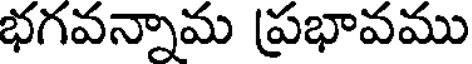
భగవన్నామ ప్రభావము